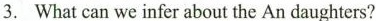
3. What can we infer about the An daughters?